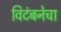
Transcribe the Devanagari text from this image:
विटंबनेचा